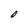
Character: O